Lunatic asylums Bombay report 1878-1890 - 1878-1890
Year: 1878
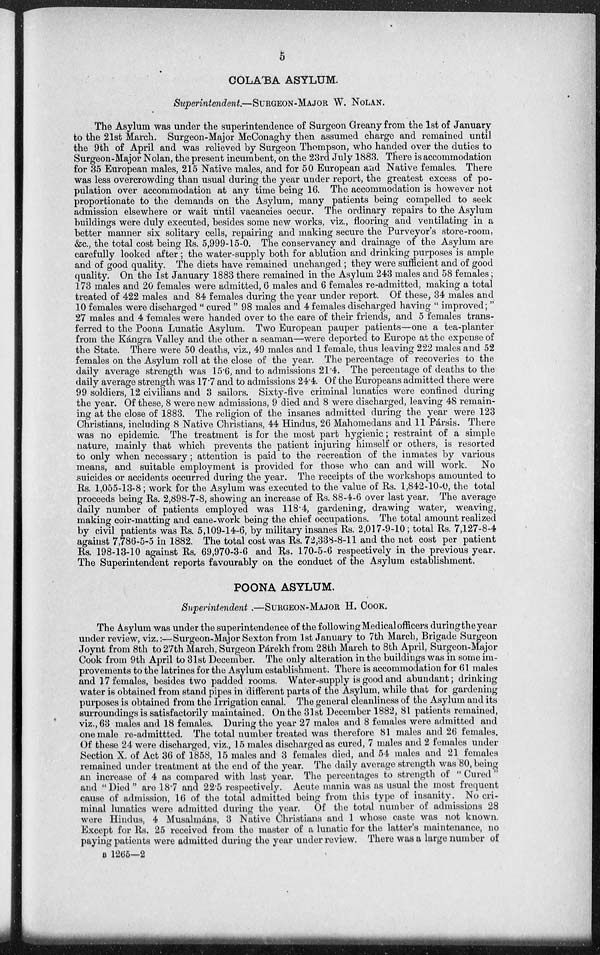
5
COLA'BA ASYLUM.
Superintendent.—SURGEON-MAJOR W. NOLAN.
The Asylum was under the superintendence of Surgeon Greany from the 1st of January
to the 21st March. Surgeon-Major McConaghy then assumed charge and remained until
the 9th of April and was relieved by Surgeon Thompson, who handed over the duties to
Surgeon-Major Nolan, the present incumbent, on the 23rd July 1883. There is accommodation
for 35 European males, 215 Native males, and for 50 European and Native females. There
was less overcrowding than usual during the year under report, the greatest excess of po-
pulation over accommodation at any time being 16. The accommodation is however not
proportionate to the demands on the Asylum, many patients being compelled to seek
admission elsewhere or wait until vacancies occur. The ordinary repairs to the Asylum
buildings were duly executed, besides some new works, viz., flooring and ventilating in a
better manner six solitary cells, repairing and making secure the Purveyor's store-room,
&c., the total cost being Rs. 5,999-15-0. The conservancy and drainage of the Asylum are
carefully looked after ; the water-supply both for ablution and drinking purposes is ample
and of good quality. The diets have remained unchanged ; they were sufficient and of good
quality. On the 1st January 1883 there remained in the Asylum 243 males and 58 females;
173 males and 20 females were admitted, 6 males and 6 females re-admitted, making a total
treated of 422 males and 84 females during the year under report. Of these, 34 males and
10 females were discharged " cured " 98 males and 4 females discharged having " improved; "
27 males and 4 females were handed over to the care of their friends, and 5 females trans-
ferred to the Poona Lunatic Asylum. Two European pauper patients—one a tea-planter
from the Kángra Valley and the other a seaman—were deported to Europe at the expense of
the State. There were 50 deaths, viz., 49 males and 1 female, thus leaving 222 males and 52
females on the Asylum roll at the close of the year. The percentage of recoveries to the
daily average strength was 15.6, and to admissions 21.4. The percentage of deaths to the
daily average strength was 17.7 and to admissions 24.4. Of the Europeans admitted there were
99 soldiers, 12 civilians and 3 sailors. Sixty-five criminal lunatics were confined during
the year. Of these, 8 were new admissions, 9 died and 8 were discharged, leaving 48 remain-
ing at the close of 1883. The religion of the insanes admitted during the year were 123
Christians, including 8 Native Christians, 44 Hindus, 26 Mahomedans and 11 Pársis. There
was no epidemic. The treatment is for the most part hygienic; restraint of a simple
nature, mainly that which prevents the patient injuring himself or others, is resorted
to only when necessary; attention is paid to the recreation of the inmates by various
means, and suitable employment is provided for those who can and will work.
No
suicides or accidents occurred during the year. The receipts of the workshops amounted to
Rs. 1,055-13-8; work for the Asylum was executed to the value of Rs. 1,842-10-0, the total
proceeds being Rs. 2,898-7-8, showing an increase of Rs. 88-4-6 over last year. The average
daily number of patients employed was 118.4, gardening, drawing water, weaving,
making coir-matting and cane-work being the chief occupations. The total amount realized
by civil patients was Rs. 5,109-14-6, by military insanes Rs. 2,017-9-10; total Rs. 7,127-8-4
against 7,786-5-5 in 1882. The total cost was Rs. 72,338-8-11 and the net cost per patient
Rs. 198-13-10 against Rs. 69,970-3-6 and Rs. 170-5-6 respectively in the previous year.
The Superintendent reports favourably on the conduct of the Asylum establishment.
POONA ASYLUM.
Superintendent —SURGEON-MAJOR H. COOK.
The Asylum was under the superintendence of the following Medical officers during the year
under review, viz.:—Surgeon-Major Sexton from 1st January to 7th March, Brigade Surgeon
Joynt from 8th to 27th March, Surgeon Párekh from 28th March to 8th April, Surgeon-Major
Cook from 9th April to 31st December. The only alteration in the buildings was in some im-
provements to the latrines for the Asylum establishment. There is accommodation for 61 males
and 17 females, besides two padded rooms. Water-supply is good and abundant; drinking
water is obtained from stand pipes in different parts of the Asylum, while that for gardening
purposes is obtained from the Irrigation canal. The general cleanliness of the Asylum and its
surroundings is satisfactorily maintained. On the 31st December 1882, 81 patients remained,
viz., 63 males and 18 females. During the year 27 males and 8 females were admitted and
one male re-admittted. The total number treated was therefore 81 males and 26 females.
Of these 24 were discharged, viz., 15 males discharged as cured, 7 males and 2 females under
Section X. of Act 36 of 1858, 15 males and 3 females died, and 54 males and 21 females
remained under treatment at the end of the year. The daily average strength was 80, being
an increase of 4 as compared with last year. The percentages to strength of " Cured "
and "Died" are 18.7 and 22.5 respectively. Acute mania was as usual the most frequent
cause of admission, 16 of the total admitted being from this type of insanity. No cri-
minal lunatics were admitted during the year. Of the total number of admissions 28
were Hindus, 4 Musalmáns, 3 Native Christians and 1 whose caste was not known.
Except for Rs. 25 received from the master of a lunatic for the latter's maintenance, no
paying patients were admitted during the year under review. There was a large number of
B 1265—2